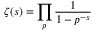
\zeta ( s ) = \prod _ { p } { \frac { 1 } { 1 - p ^ { - s } } }